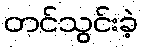
တင်သွင်းခဲ့